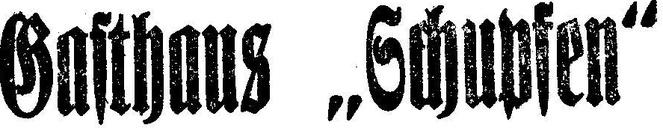
Gasthaus „Schupfen“